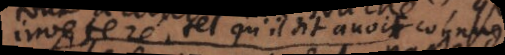
inveteré, tel qu’il doit avoir connu